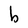
Character: b